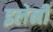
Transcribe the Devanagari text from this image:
इलेनी